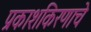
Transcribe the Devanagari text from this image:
प्रकाशकिरणाचे